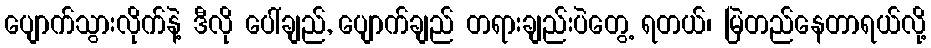
ပျောက်သွားလိုက်နဲ့ ဒီလို ပေါ်ချည်, ပျောက်ချည် တရားချည်းပဲတွေ့ ရတယ်၊ မြဲတည်နေတာရယ်လို့